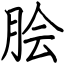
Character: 脍